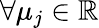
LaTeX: \forall\mu_{j}\in\mathbb{R}